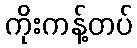
ကိုးကန့်တပ်